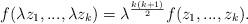
LaTeX: \begin{align*}f(\lambda z_1,...,\lambda z_k)=\lambda^{\frac{k(k+1)}{2}}f(z_1,...,z_k). \end{align*}